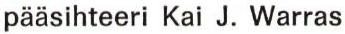
pääsihteeri Kai J. Warras